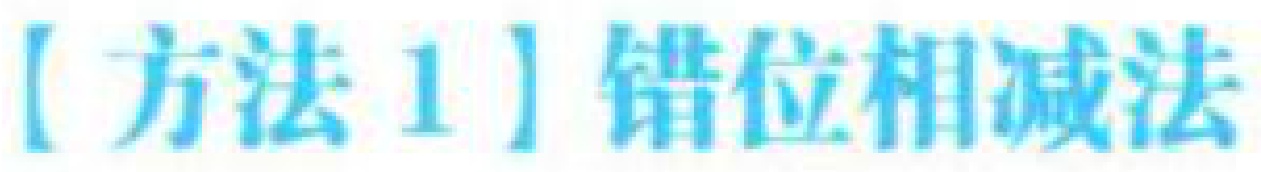
【方法1】错位相减法